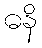
ဓနိ